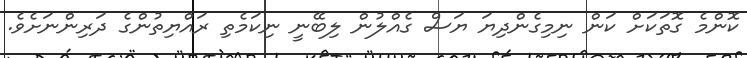
ކޮންމެ ގޮތަކަށް ކަން ނިމިގެންދިޔަ ޔަސް ގެއްލުން ލިބޭނީ ނިކަމެތި ރައްޔިތުންގެ ދަރިންނަށެވެ.